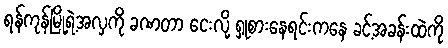
ရန်ကုန်မြို့ရဲ့အလှကို ခဏတာ ငေးလို့ ရှုစားနေရင်းကနေ ခင့်အခန်းထဲကို